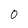
Character: 0